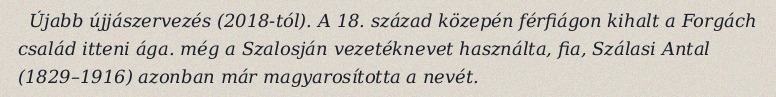
Újabb újjászervezés (2018-tól). A 18. század közepén férfiágon kihalt a Forgách család itteni ága. még a Szalosján vezetéknevet használta, fia, Szálasi Antal (1829–1916) azonban már magyarosította a nevét.